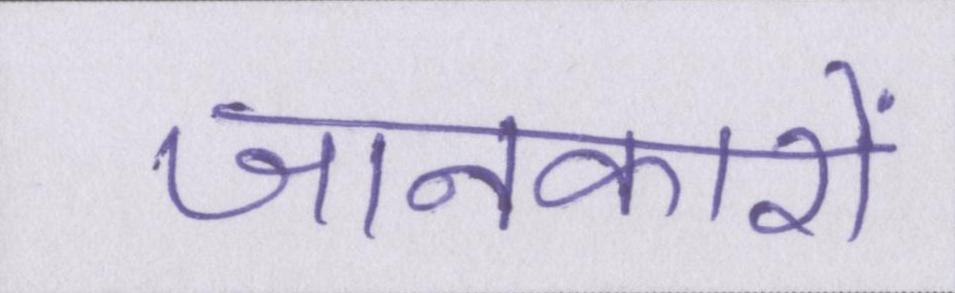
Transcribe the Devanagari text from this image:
जानकारों